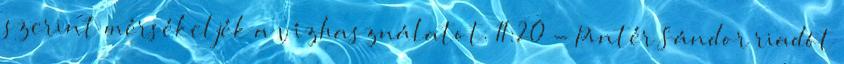
szerint mérsékeljék a vízhasználatot. 11:20 - Pintér Sándor riadót